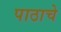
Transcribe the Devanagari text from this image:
पाठाचे